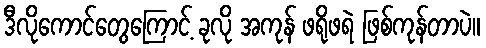
ဒီလိုကောင်တွေကြောင့် ခုလို အကုန် ဖရိုဖရဲ ဖြစ်ကုန်တာပဲ။